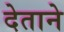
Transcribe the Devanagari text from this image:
देताने